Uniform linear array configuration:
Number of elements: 16
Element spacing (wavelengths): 0.5
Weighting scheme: hamming
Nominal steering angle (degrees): -30
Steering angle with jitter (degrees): -30.416
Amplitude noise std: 0.05
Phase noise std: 0.05

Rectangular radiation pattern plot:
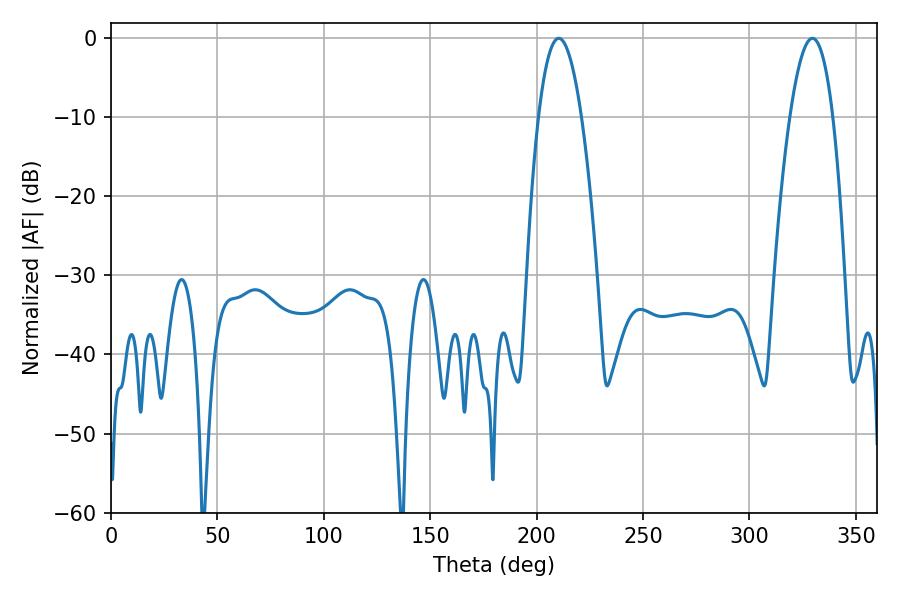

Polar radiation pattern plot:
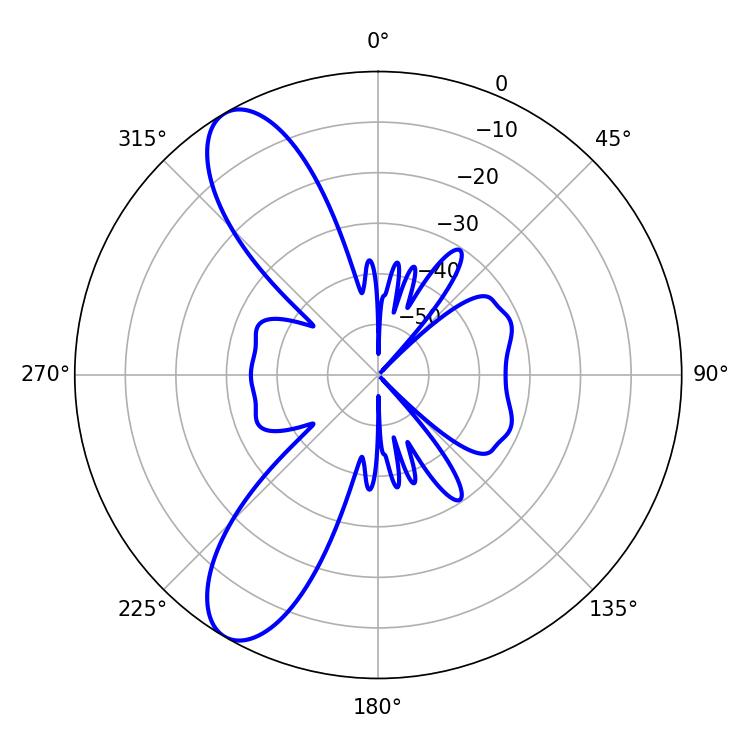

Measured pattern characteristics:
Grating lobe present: FALSE
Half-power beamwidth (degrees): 11.16
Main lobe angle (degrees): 210.42